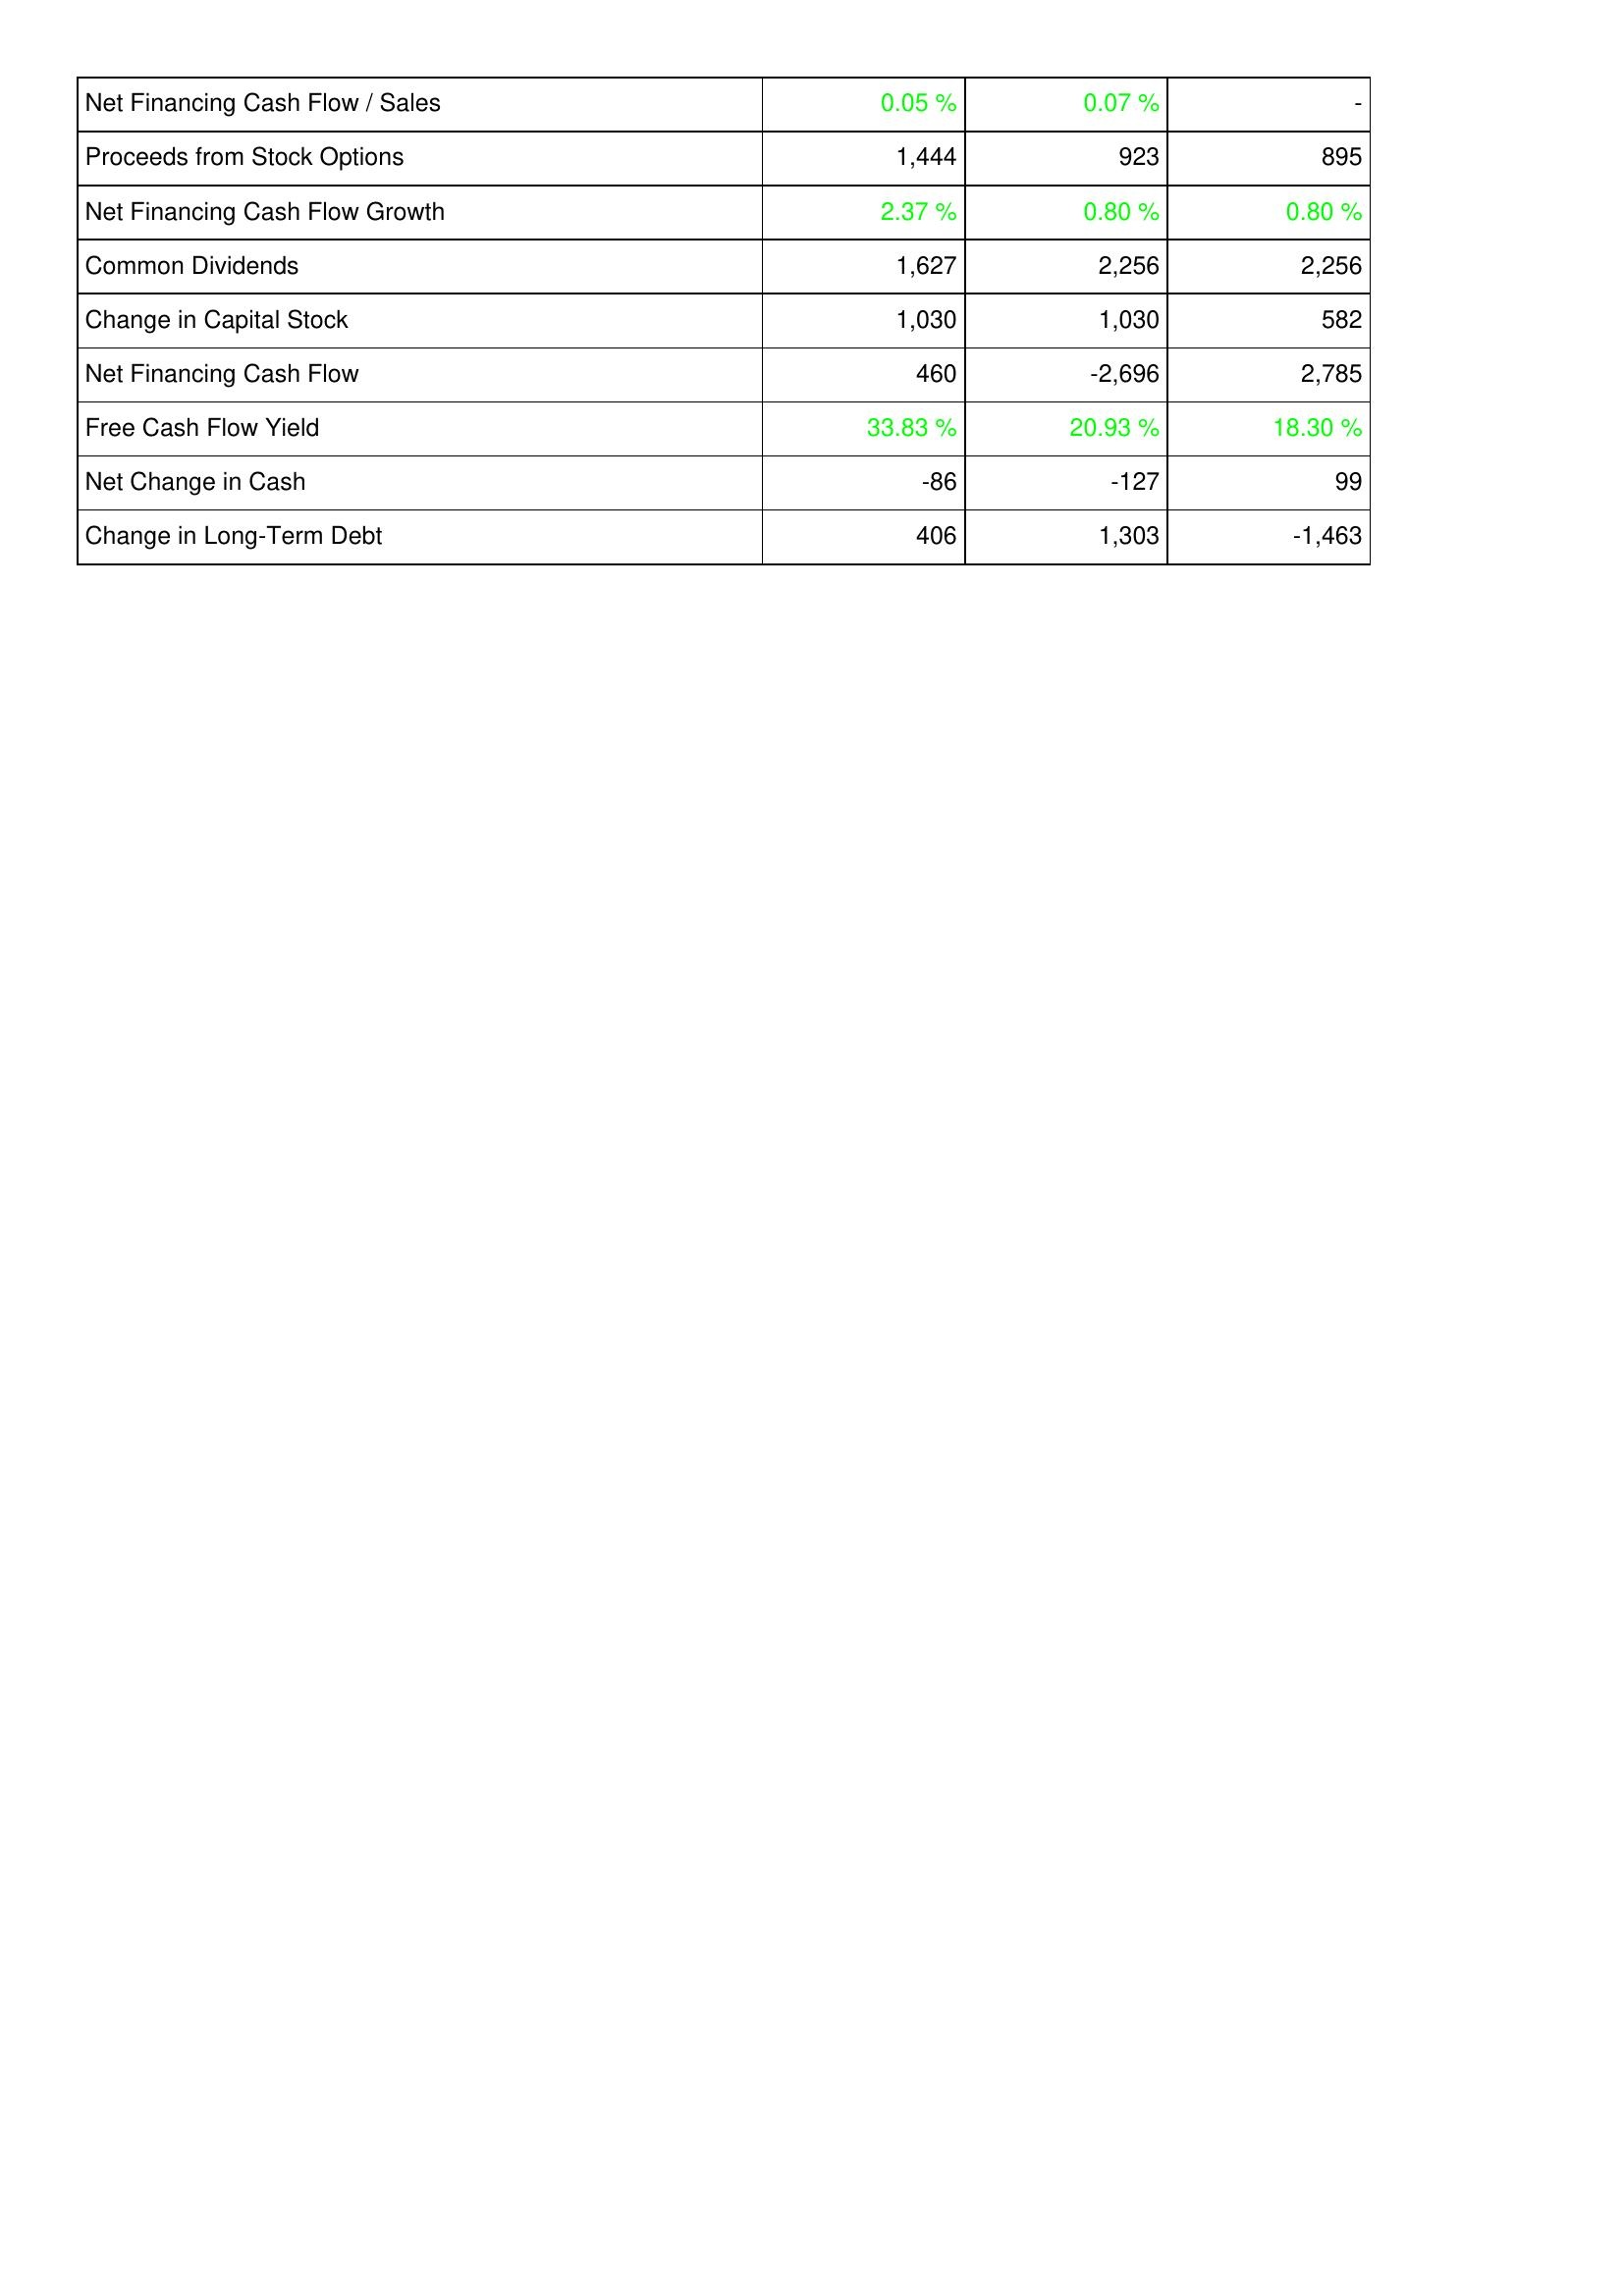
2008: Financing Activities: Net Financing Cash Flow / Sales: 0.05 %
Proceeds from Stock Options: 1,444
Net Financing Cash Flow Growth: 2.37 %
Common Dividends: 1,627
Change in Capital Stock: 1,030
Net Financing Cash Flow: 460
Free Cash Flow Yield: 33.83 %
Net Change in Cash: -86
Change in Long-Term Debt: 406
2009: Financing Activities: Net Financing Cash Flow / Sales: 0.07 %
Proceeds from Stock Options: 923
Net Financing Cash Flow Growth: 0.80 %
Common Dividends: 2,256
Change in Capital Stock: 1,030
Net Financing Cash Flow: -2,696
Free Cash Flow Yield: 20.93 %
Net Change in Cash: -127
Change in Long-Term Debt: 1,303
2010: Financing Activities: Net Financing Cash Flow / Sales: -
Proceeds from Stock Options: 895
Net Financing Cash Flow Growth: 0.80 %
Common Dividends: 2,256
Change in Capital Stock: 582
Net Financing Cash Flow: 2,785
Free Cash Flow Yield: 18.30 %
Net Change in Cash: 99
Change in Long-Term Debt: -1,463